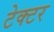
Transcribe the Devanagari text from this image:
टेक्टर